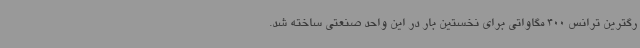
رگترین ترانس 400 مگاواتی برای نخستین بار در این واحد صنعتی ساخته شد.